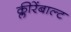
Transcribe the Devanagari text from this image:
क्लीरेंबाल्ट